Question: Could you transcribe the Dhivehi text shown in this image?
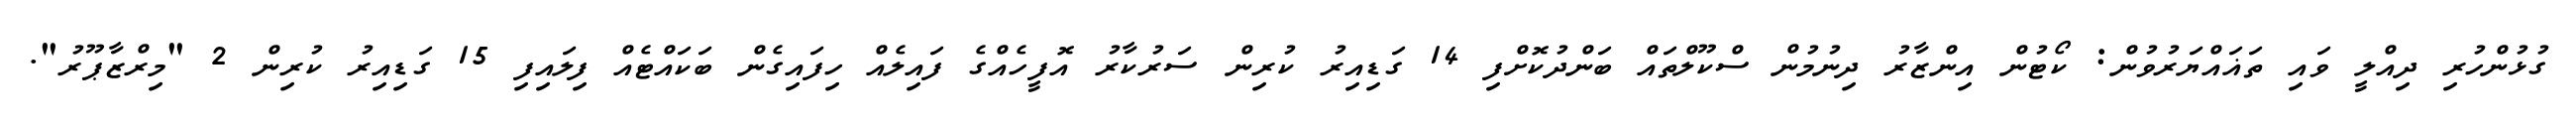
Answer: ގުޅުންހުރި ދިއްލީ ވައި ތަޣައްޔަރުވުން: ކޯޓުން އިންޒާރު ދިނުމުން ސްކޫލްތައް ބަންދުކޮށްފި 14 ގަޑިއިރު ކުރިން ސަރުކާރު އޮފީހެއްގެ ފައިލެއް ހިފައިގެން ބަކައްޓެއް ފިލައިފި 15 ގަޑިއިރު ކުރިން 2 "މިރްޒާޕޫރު".